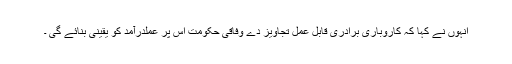
انہوں نے کہا کہ کاروباری برادری قابل عمل تجاویز دے وفاقی حکومت اس پر عملدرآمد کو یقینی بنائے گی ۔